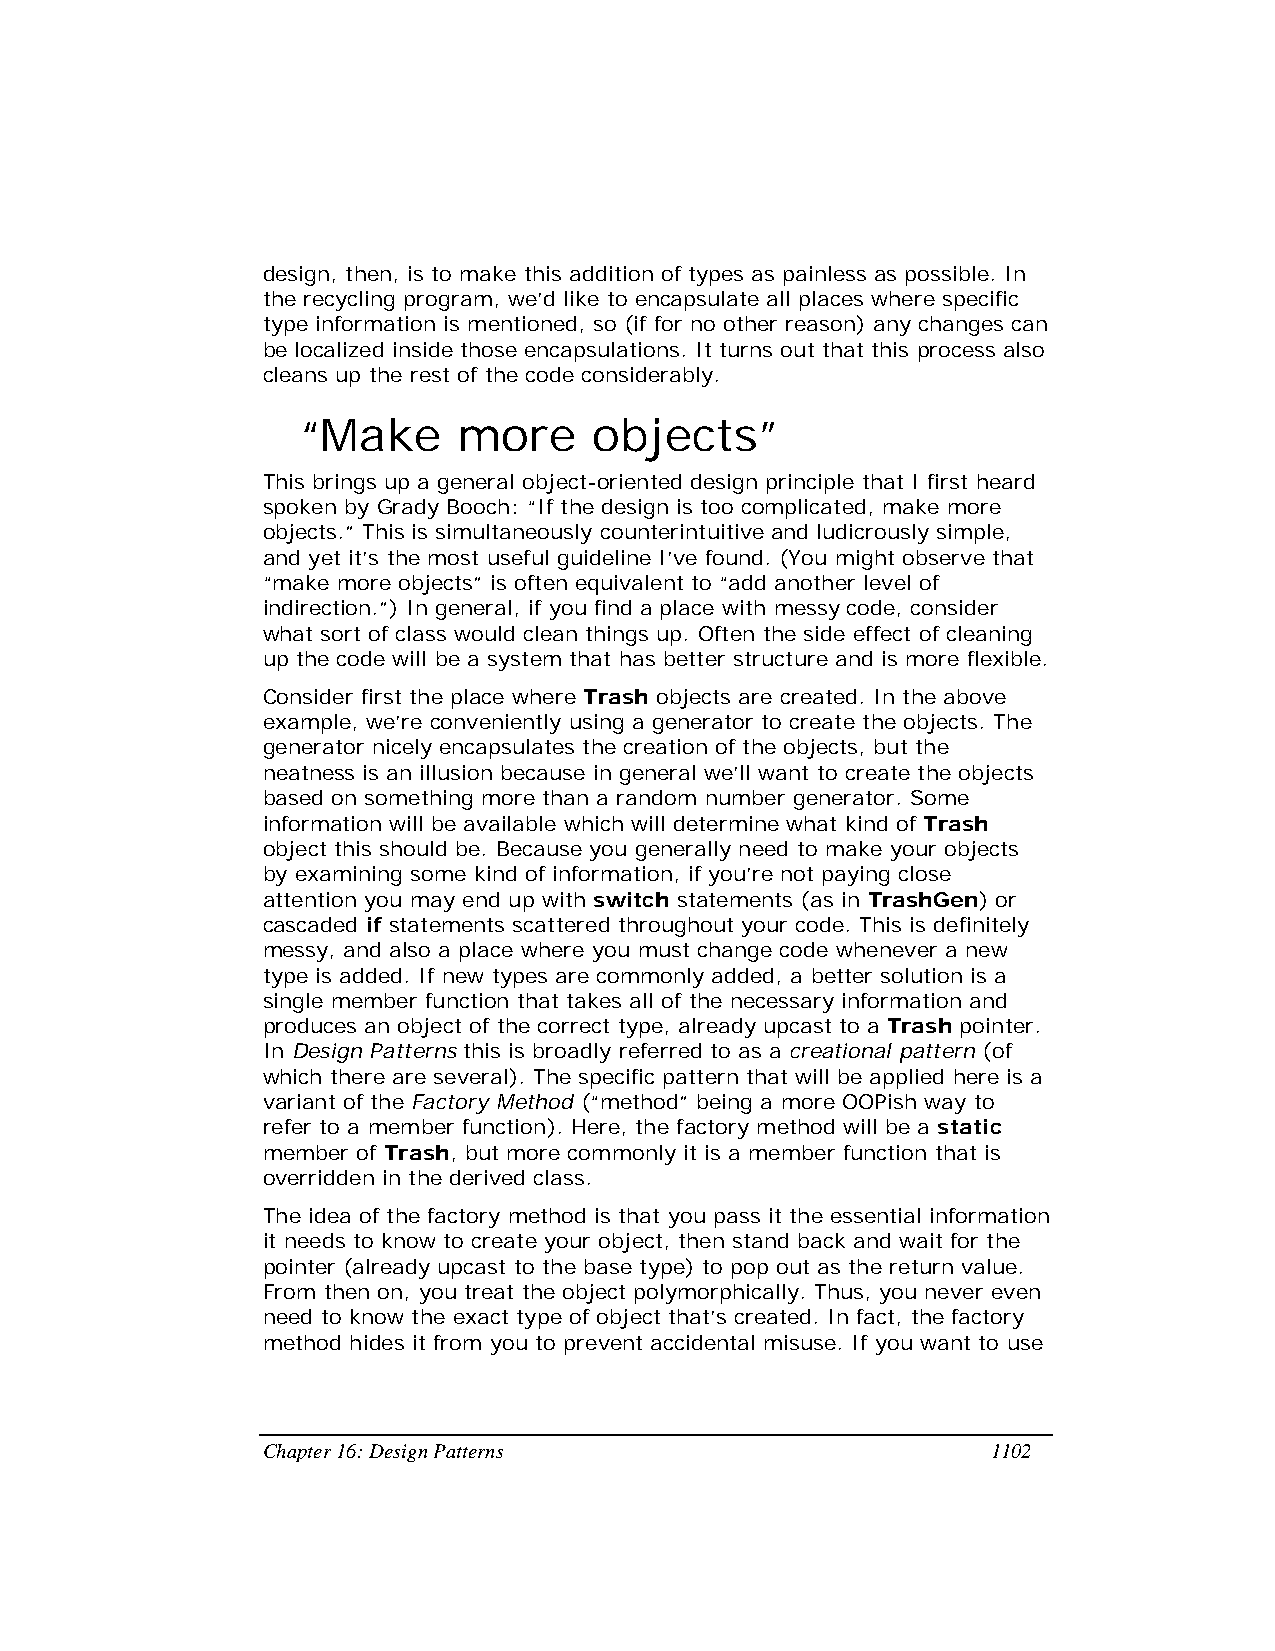
design, then, is to make this addition of types as painless as possible. In
 the recycling program, we’d like to encapsulate all places where specific
 type information is mentioned, so (if for no other reason) any changes can
 be localized inside those encapsulations. It turns out that this process also
 cleans up the rest of the code considerably.
 “Make     more     objects”
 This brings up a general object-oriented design principle that I first heard
 spoken by Grady Booch: “If the design is too complicated, make more
 objects.” This is simultaneously counterintuitive and ludicrously simple,
 and yet it’s the most useful guideline I’ve found. (You might observe that
 “make more objects” is often equivalent to “add another level of
 indirection.”) In general, if you find a place with messy code, consider
 what sort of class would clean things up. Often the side effect of cleaning
 up the code will be a system that has better structure and is more flexible.
 Consider first the place where Trash objects are created. In the above
 example, we’re conveniently using a generator to create the objects. The
 generator nicely encapsulates the creation of the objects, but the
 neatness is an illusion because in general we’ll want to create the objects
 based on something more than a random number generator. Some
 information will be available which will determine what kind of Trash
 object this should be. Because you generally need to make your objects
 by examining some kind of information, if you’re not paying close
 attention you may end up with switch statements (as in TrashGen) or
 cascaded if statements scattered throughout your code. This is definitely
 messy, and also a place where you must change code whenever a new
 type is added. If new types are commonly added, a better solution is a
 single member function that takes all of the necessary information and
 produces an object of the correct type, already upcast to a Trash pointer.
 In Design Patterns this is broadly referred to as a creational pattern (of
 which there are several). The specific pattern that will be applied here is a
 variant of the Factory Method (“method” being a more OOPish way to
 refer to a member function). Here, the factory method will be a static
 member of Trash, but more commonly it is a member function that is
 overridden in the derived class.
 The idea of the factory method is that you pass it the essential information
 it needs to know to create your object, then stand back and wait for the
 pointer (already upcast to the base type) to pop out as the return value.
 From then on, you treat the object polymorphically. Thus, you never even
 need to know the exact type of object that’s created. In fact, the factory
 method hides it from you to prevent accidental misuse. If you want to use
 Chapter 16: Design Patterns                      1102